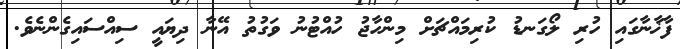
ފާޚާނާގައި ހުރި ލޯގަނޑު ކުރިމައްޗަށް މިންހާޖު ހުއްޓުނު ވަގުތު އޭނާ ދިޔައީ ސިއްސައިގެންނެވެ.